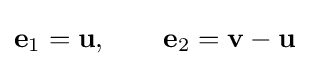
\mathbf {e} _{1}=\mathbf {u} ,\qquad \mathbf {e} _{2}=\mathbf {v} -\mathbf {u}